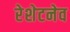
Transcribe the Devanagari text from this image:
रेशेटनेव